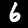
Digit: 6